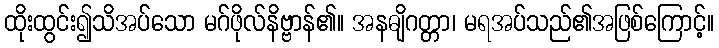
ထိုးထွင်း၍သိအပ်သော မဂ်ဖိုလ်နိဗ္ဗာန်၏။ အနဓျိဂတ္တာ၊ မရအပ်သည်၏အဖြစ်ကြောင့်။